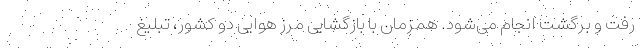
رفت و برگشت انجام می‌شود. همزمان با بازگشایی مرز هوایی دو کشور، تبلیغ